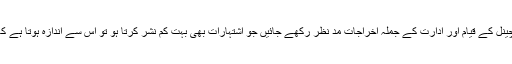
اگر پوری دنیا کو کوریج دینے والے ایک ایسےسیٹلائٹ چینل کے قیام اور ادارت کے جملہ اخراجات مد نظر رکھے جائیں جو اشتہارات بھی بہت کم نشر کرتا ہو تو اس سے اندازہ ہوتا ہے کہ سلام کے پاس بڑے پیمانہ پر مالی وسائل ہونے چاہئیں۔